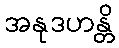
အနုဒဟန္တိ